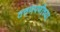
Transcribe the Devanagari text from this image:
तरुणपणीच्या